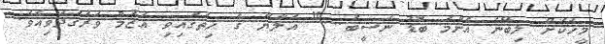
މީހަކަށް ލިބޭނެ އެންމެ ބޮޑު ނަސީބު..." އަލާޔާ ގެ ހިތުގައިވި އަޒުމް ވަރުގަދަވިއެވެ.